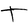
Character: t